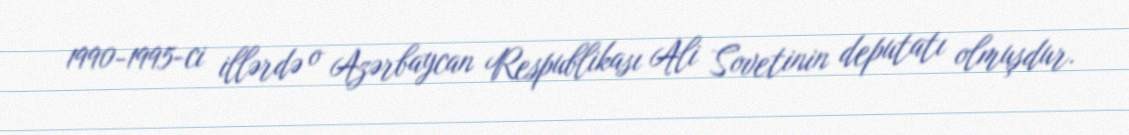
1990-1995-ci illərdə o Azərbaycan Respublikası Ali Sovetinin deputatı olmuşdur.